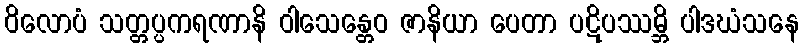
ဝိလောပံ သတ္တပ္ပကရဏာနိ ဝါသေန္တေဝ ဇာနိယာ ပေတာ ပဋိပဿမ္ဘိ ပါဒဃံသနေ